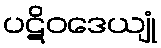
ပဋိဝဒေယျုံ